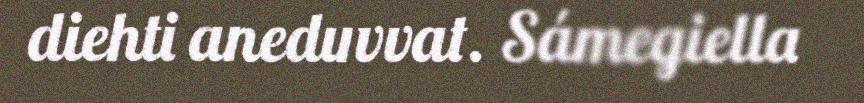
diehti aneduvvat. Sámegiella